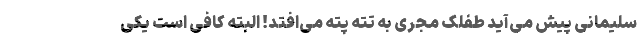
سلیمانی پیش می‌آید طفلک مجری به تته پته می‌افتد! البته کافی است یکی